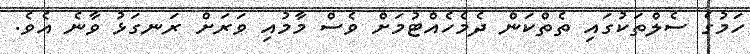
ހަމުގެ ސެލްތަކުގައި ތެތްކަން ދެމެހެއްޓުމަށް ވެސް މާމުއި ވަރަށް ރަނގަޅު ވާނެ އެވެ.